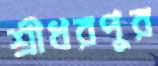
শ্রীধরপুর